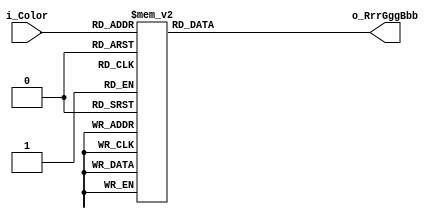
module CGA_to_RrrGggBbb (
  input [3:0] i_Color,
  output [8:0] o_RrrGggBbb
  );
  
  reg [8:0] r_RrrGggBbb;
  
  always @(i_Color) begin
    case (i_Color)
      4'h0: r_RrrGggBbb = 9'b000000000; // black 0%
      4'h1: r_RrrGggBbb = 9'b000000101; // navy
      4'h2: r_RrrGggBbb = 9'b000101000; // green
      4'h3: r_RrrGggBbb = 9'b000101101; // teal
      4'h4: r_RrrGggBbb = 9'b101000000; // maroon
      4'h5: r_RrrGggBbb = 9'b101000101; // purple
      4'h6: r_RrrGggBbb = 9'b101101000; // olive
      4'h7: r_RrrGggBbb = 9'b011011011; // silver 75%
      4'h8: r_RrrGggBbb = 9'b101101101; // gray 50%
      4'h9: r_RrrGggBbb = 9'b000000111; // blue
      4'hA: r_RrrGggBbb = 9'b000111000; // lime
      4'hB: r_RrrGggBbb = 9'b000111111; // aqua
      4'hC: r_RrrGggBbb = 9'b111000000; // red
      4'hD: r_RrrGggBbb = 9'b111000111; // fuchsia
      4'hE: r_RrrGggBbb = 9'b111111000; // yellow
      4'hF: r_RrrGggBbb = 9'b111111111; // white 100%
    endcase
  end
  
  assign o_RrrGggBbb = r_RrrGggBbb;
endmodule